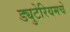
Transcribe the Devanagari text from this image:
ड्युटेरियमचे